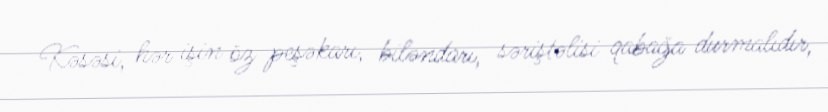
Kəsəsi, hər işin öz peşəkarı, biləndarı, səriştəlisi qabağa durmalıdır,